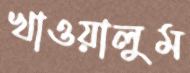
খাওয়ালুম